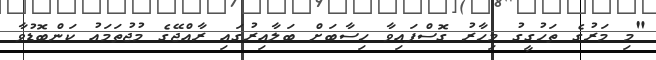
"މި މަރުގެ ތަހުގީގު މިހާރު ގޮސްފައިވާ ހިސާބަށް ބަލާއިރުގައި ރާއްޖޭގެ މުޖުތަމައު ކަންބޮޑުވާ